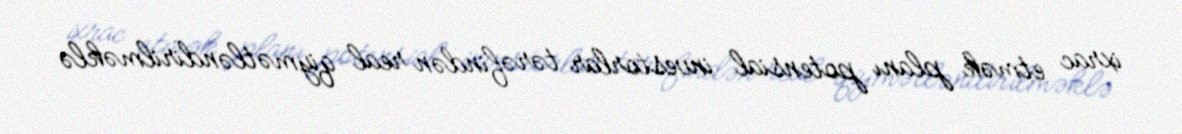
ixrac etmək planı potensial investorlar tərəfindən real qiymətləndirilməklə